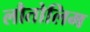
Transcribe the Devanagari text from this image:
लौतोलिम